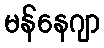
မန်နေဂျာ